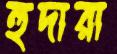
হুদারা